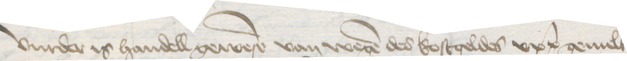
Vurder is handell gewesen van wegen des kostgeldes upp gemelter